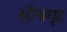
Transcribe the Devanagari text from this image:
शौचगृह